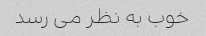
خوب به نظر می رسد